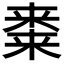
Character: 𭫝